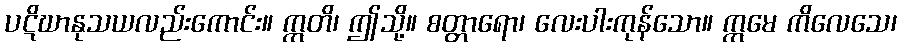
ပဋိဃာနုသယလည်းကောင်း။ ဣတိ၊ ဤသို့။ စတ္တာရော၊ လေးပါးကုန်သော။ ဣမေ ကိလေသေ၊